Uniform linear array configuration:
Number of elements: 8
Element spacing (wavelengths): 0.5
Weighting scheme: uniform
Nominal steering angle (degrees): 15
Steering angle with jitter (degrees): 16.539
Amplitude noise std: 0.05
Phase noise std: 0.05

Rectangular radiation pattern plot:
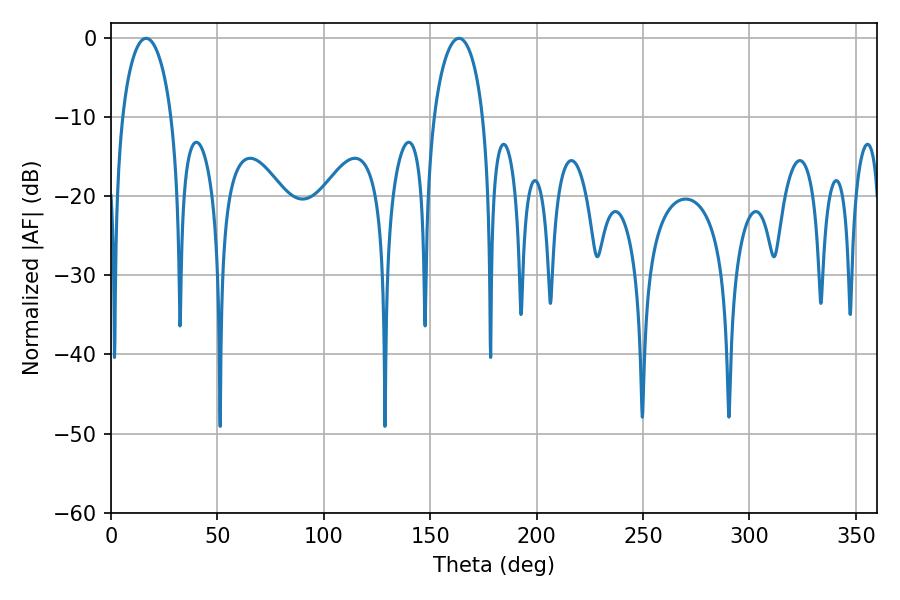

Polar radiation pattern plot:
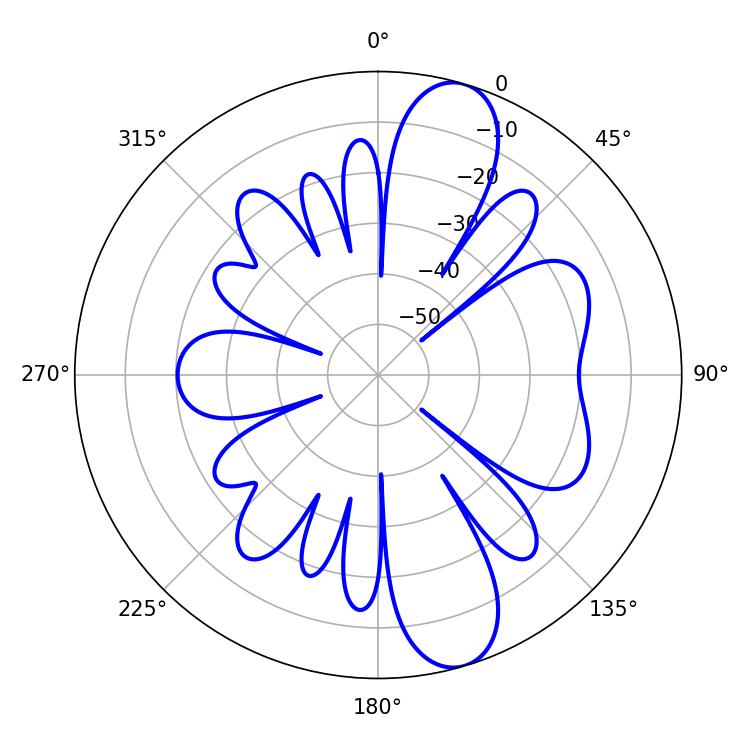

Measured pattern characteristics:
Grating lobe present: FALSE
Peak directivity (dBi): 11.098
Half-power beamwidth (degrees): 13.32
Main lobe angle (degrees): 16.56